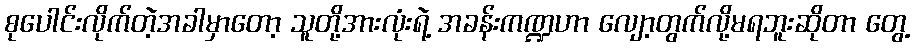
စုပေါင်းလိုက်တဲ့အခါမှာတော့ သူတို့အားလုံးရဲ့ အခန်းကဏ္ဍဟာ လျော့တွက်လို့မရဘူးဆိုတာ တွေ့